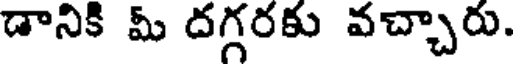
డానికి మీ దగ్గరకు వచ్చారు.